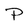
Character: P